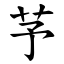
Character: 芧